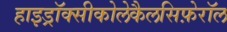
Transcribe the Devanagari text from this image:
हाइड्रॉक्सीकोलेकैलसिफ़ेरॉल